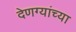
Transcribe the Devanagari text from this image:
देणग्यांच्या